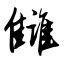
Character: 雠